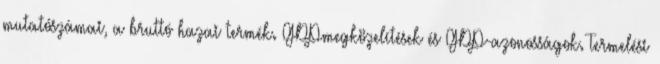
mutatószámai, a bruttó hazai termék. GDPmegközelítések és GDP-azonosságok. Termelési